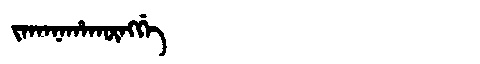
Manchu: ᠵᠠᡴᠠᠨᠠᡥᠠᡴᡡᠩᡤᡝ
Romanization: JAKANAHAKŪNGGE